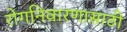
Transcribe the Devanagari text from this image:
रोगनिवारणासाठी